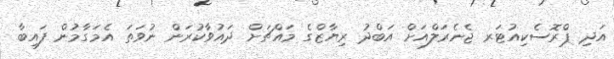
އަދި ޕްރޮސެކިއުޓަރ ޖެނެރަލްއަށް އަބްދު ރިޔާޒްގެ މައްޗަށް ދައުވާކުރަން ނުވަތަ އެމަގާމުން ފައިބާ